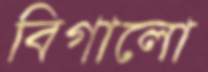
বিগালো